Annual report of the Civil Veterinary Department, Bengal, for the year 1897-98 - 1897-1898
Year: 1897
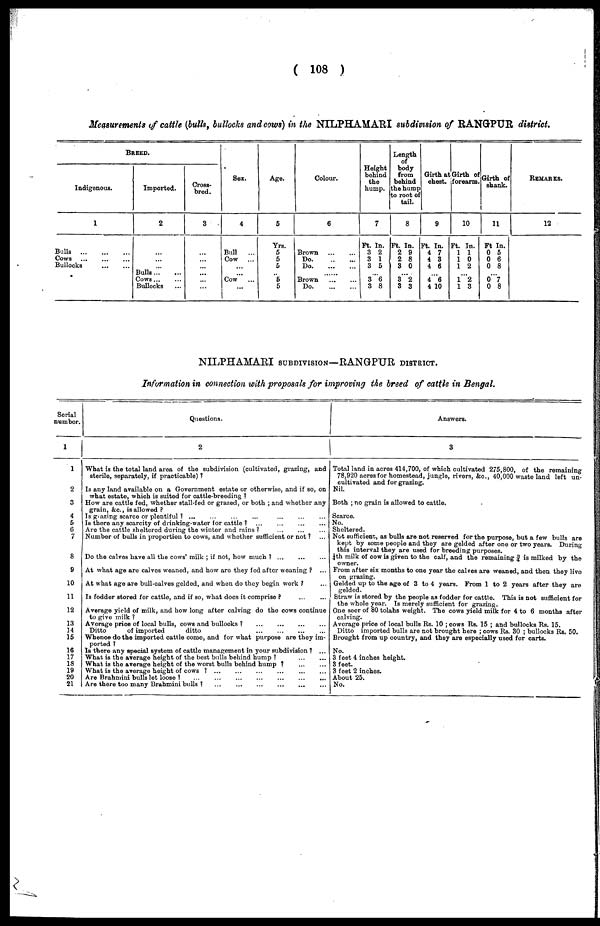
(108)
Measurements of cattle (bulls, bullocks and cows) in the NILPHAMARI subdivision of RANGPUR district.
BREED.
Indigenous.
1
Bulls ... ... ...
Cows
...
...
...
Bullocks
...
...
Imported.
2
...
...
...
Bulls...
...
Cows ... ...
Bullocks ...
Cross-
bred.
3
...
...
...
...
...
...
Sex.
4
Bull
...
Cow ...
...
...
Cow
...
Age.
5
Yrs.
5
5
5
... 5
5
Colour.
6
Brown
...
...
Do.
...
...
Do.
...
...
......
Brown
...
...
Do
...
...
Height
behind
the
hump.
7
Ft. In.
3 2
3 1
3 5
...
3 6
3 8
Length
of
body
from
behind
the hump
to root of
tail.
8
Ft. In.
2 9
2 8
3 0
3 2
3 3
Girth at
chest.
9
Ft. In.
4 7
4 3
4 6
4 6
4 10
Girth of
forearm.
10
Ft. In.
1 1
1 0
1 2
1 2
1 3
Girth of
shank.
11
Ft In.
0 5
0 6
0 8
0 7
0 8
REMARKS.
12
NILPHAMARI SUBDIVISION—RANGPUR DISTRICT.
Information in connection with proposals for improving the breed of cattle in Bengal.
Serial
number.
1
1
2
3
4
5
6
7
8
9
10
11
12
13
14
15
16
17
18
19
20
21
Questions.
2
What is the total land area of the subdivision (cultivated, grazing, and
sterile, separately, if practicable)?
Is any land available on a Government estate or otherwise, and if so, on
what estate, which is suited for cattle-breeding?
How are cattle fed, whether stall-fed or grazed, or both; and whether any
grain, &c., is allowed?
Is grazing scarce or plentiful?
...
...
...
...
...
...
...
Is there any scarcity of drinking-water for cattle? ... ... ... ...
Are the cattle sheltered during the winter and rains ? ... ... ...
Number of bulls in proportion to cows, and whether sufficient or not? ...
Do the calves have all the cows' milk; if not, how much ?
...
...
...
At what age are calves weaned, and how are they fed after weaning? ...
At what age are bull-calves gelded, and when do they begin work? ...
Is fodder stored for cattle, and if so, what does it comprise? ... ...
Average yield of milk, and how long after calving do the cows continue
to give milk?
Average price of local bulls, cows and bullocks?
... ... ... ...
Ditto
of imported
ditto ... ... ... ...
Whence do the imported cattle come, and for what purpose are they imported?
Is there any special system of cattle management in your subdivision? ...
What is the average height of the best bulls behind hump?
...
...
What is the average height of the worst bulls behind hump?
...
...
What is the average height of cows?
...
...
...
...
...
...
Are Brahmini bulls let loose? ...
...
...
...
...
...
...
Are there too many Brahmini bulls?
...
...
...
...
...
...
Answers.
3
Total land in acres 414,700, of which cultivated 275,800, of the remaining
78,920 acres for homestead, jungle, rivers, &c., 40,000 waste land left un-
cultivated and for grazing.
Nil.
Both; no grain is allowed to cattle.
Scarce.
No.
Sheltered.
Not sufficient, as bulls are not reserved for the purpose, but a few bulls are
kept by some people and they are gelded after one or two years. During
this interval they are used for breeding purposes.
1/4th milk of cow is given to the calf, and the remaining 3/4 is milked by the
owner.
From after six months to one year the calves are weaned, and then they live
on grazing.
Gelded up to the age of 3 to 4 years. From 1 to 2 years after they are
gelded.
Straw is stored by the people as fodder for cattle. This is not sufficient for
the whole year. Is merely sufficient for grazing.
One seer of 80 tolahs weight. The cows yield milk for 4 to 6 months after
calving.
Average price of local bulls Rs. 10; cows Rs. 15; and bullocks Rs. 15.
Ditto imported bulls are not brought here; cows Rs. 30; bullocks Rs. 50.
Brought from up country, and they are especially used for carts.
No.
3 feet 4 inches height.
3 feet.
3 feet 2 inches.
About 25.
No.